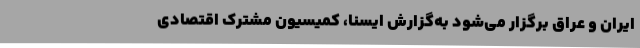
ایران و عراق برگزار می‌شود به‌گزارش ایسنا، کمیسیون مشترک اقتصادی